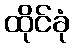
ထိုင်ခုံ